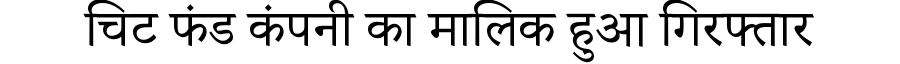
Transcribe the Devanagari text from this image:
चिट फंड कंपनी का मालिक हुआ गिरफ्तार